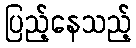
ပြည့်နေသည့်